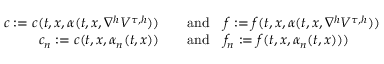
\begin{array} { r l } { c : = c ( t , x , \alpha ( t , x , \nabla ^ { h } V ^ { \tau , h } ) ) \quad } & { \mathrm { a n d } \quad f : = f ( t , x , \alpha ( t , x , \nabla ^ { h } V ^ { \tau , h } ) ) } \\ { c _ { n } : = c ( t , x , \alpha _ { n } ( t , x ) ) \quad } & { \mathrm { a n d } \quad f _ { n } : = f ( t , x , \alpha _ { n } ( t , x ) ) ) } \end{array}